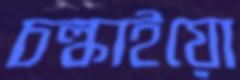
চল্‌কাইয়ো